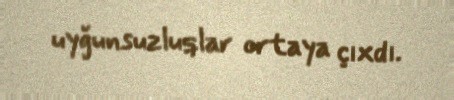
uyğunsuzluqlar ortaya çıxdı.